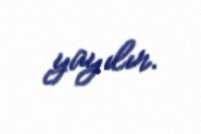
yayılır.